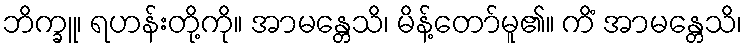
ဘိက္ခူ၊ ရဟန်းတို့ကို။ အာမန္တေသိ၊ မိန့်တော်မူ၏။ ကိံ အာမန္တေသိ၊